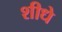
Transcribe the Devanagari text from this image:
शीधे